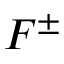
F ^ { \pm }